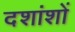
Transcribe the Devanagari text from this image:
दशांशों